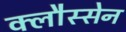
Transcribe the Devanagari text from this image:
क्लौस्सेन